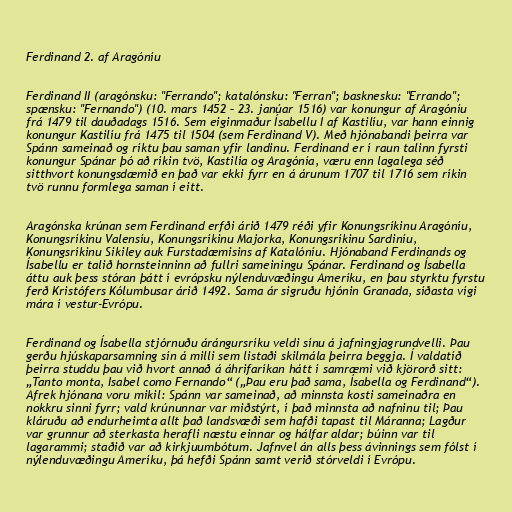
Ferdinand 2. af Aragóníu

Ferdinand II (aragónsku: "Ferrando"; katalónsku: "Ferran"; basknesku: "Errando";
spænsku: "Fernando") (10. mars 1452 – 23. janúar 1516) var konungur af Aragóníu
frá 1479 til dauðadags 1516. Sem eiginmaður Ísabellu I af Kastilíu, var hann einnig
konungur Kastilíu frá 1475 til 1504 (sem Ferdinand V). Með hjónabandi þeirra var
Spánn sameinað og ríktu þau saman yfir landinu. Ferdinand er í raun talinn fyrsti
konungur Spánar þó að ríkin tvö, Kastilía og Aragónía, væru enn lagalega séð
sitthvort konungsdæmið en það var ekki fyrr en á árunum 1707 til 1716 sem ríkin
tvö runnu formlega saman í eitt.

Aragónska krúnan sem Ferdinand erfði árið 1479 réði yfir Konungsríkinu Aragóníu,
Konungsríkinu Valensíu, Konungsríkinu Majorka, Konungsríkinu Sardiníu,
Konungsríkinu Sikiley auk Furstadæmisins af Katalóníu. Hjónaband Ferdinands og
Ísabellu er talið hornsteinninn að fullri sameiningu Spánar. Ferdinand og Ísabella
áttu auk þess stóran þátt í evrópsku nýlenduvæðingu Ameríku, en þau styrktu fyrstu
ferð Kristófers Kólumbusar árið 1492. Sama ár sigruðu hjónin Granada, síðasta vígi
mára í vestur-Evrópu.

Ferdinand og Ísabella stjórnuðu árángursríku veldi sínu á jafningjagrundvelli. Þau
gerðu hjúskaparsamning sín á milli sem listaði skilmála þeirra beggja. Í valdatíð
þeirra studdu þau við hvort annað á áhrifaríkan hátt í samræmi við kjörorð sitt:
„Tanto monta, Isabel como Fernando“ („Þau eru það sama, Ísabella og Ferdinand“).
Afrek hjónana voru mikil: Spánn var sameinað, að minnsta kosti sameinaðra en
nokkru sinni fyrr; vald krúnunnar var miðstýrt, í það minnsta að nafninu til; Þau
kláruðu að endurheimta allt það landsvæði sem hafði tapast til Máranna; Lagður
var grunnur að sterkasta herafli næstu einnar og hálfar aldar; búinn var til
lagarammi; staðið var að kirkjuumbótum. Jafnvel án alls þess ávinnings sem fólst í
nýlenduvæðingu Ameríku, þá hefði Spánn samt verið stórveldi í Evrópu.